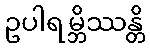
ဥပါရမ္ဘိဿန္တိ